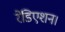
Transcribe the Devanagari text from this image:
रेडिएशन।